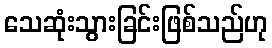
သေဆုံးသွားခြင်းဖြစ်သည်ဟု